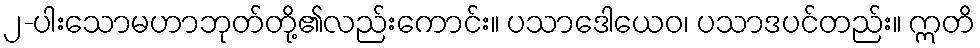
၂-ပါးသောမဟာဘုတ်တို့၏လည်းကောင်း။ ပသာဒေါယေဝ၊ ပသာဒပင်တည်း။ ဣတိ